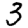
Digit: 3